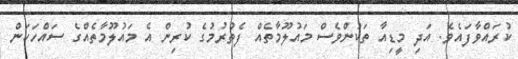
ކުރައްވާފައެވެ. އަދި މީޑިއާ ތަކުންވެސް މައުލޫމާތެއް ފެތުރުމުގެ ކުރިން އެ މައުލޫމާތެއްގެ ސައްހަކަން